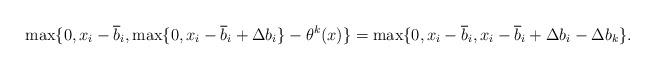
LaTeX: \begin{align*}\max \{0, x_i - \overline{b}_i, \max \{0,x_i - \overline{b}_i + \Delta b_i\} - \theta^k(x)\} = \max\{0, x_i - \overline{b}_i, x_i - \overline{b}_i + \Delta b_i -\Delta b_k\}.\end{align*}